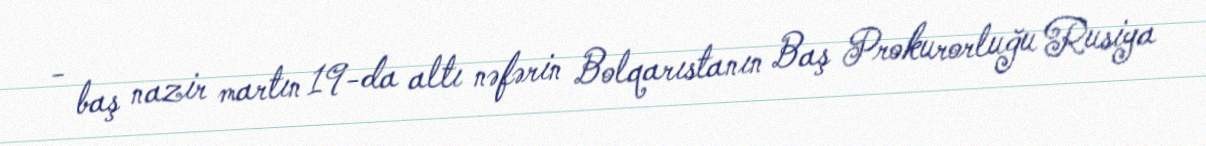
- baş nazir martın 19-da altı nəfərin Bolqarıstanın Baş Prokurorluğu Rusiya